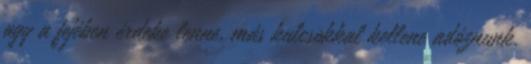
agy a fejében érdeke lenne, más kulcsokkal kellene adóznunk.